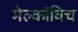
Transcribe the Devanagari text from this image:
मेल्काॅविच